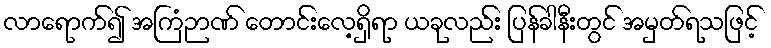
လာရောက်၍ အကြံဉာဏ် တောင်းလေ့ရှိရာ ယခုလည်း ပြန်ခါနီးတွင် အမှတ်ရသဖြင့်